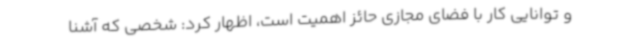
و توانایی کار با فضای مجازی حائز اهمیت است، اظهار کرد: شخصی که آشنا